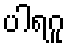
ပါရဂူ